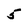
Character: 5